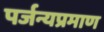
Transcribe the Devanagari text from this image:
पर्जन्यप्रमाण